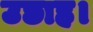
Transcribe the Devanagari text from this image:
उछाह।